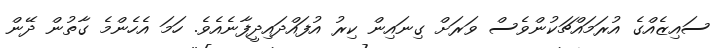
ސައިޒެއްގެ އުރަމައްޗަކުންވެސް ވަރަށް ގިނައިން ކިރު އުފައްދައިދީފާނެއެވެ. ހަމަ އެހެންމެ ގާތުން ދޭން